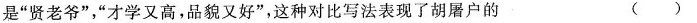
是”贤老爷”，”才学又高，品貌又好”，这种对比写法表现了胡屠户的 ()